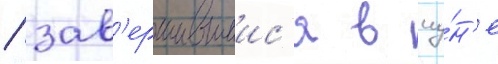
/ зав'ершившиис'я в иу́н'е